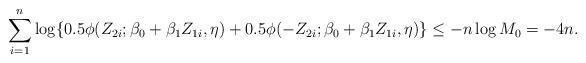
LaTeX: \begin{align*}\sum_{i=1}^{n}\log\{0.5\phi (Z_{2i}; \beta_0+\beta_1Z_{1i}, \eta)+0.5\phi (- Z_{2i}; \beta_0+ \beta_1Z_{1i}, \eta)\}\leq- n \log M_0 = - 4 n.\end{align*}